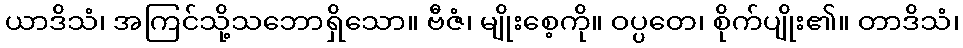
ယာဒိသံ၊ အကြင်သို့သဘောရှိသော။ ဗီဇံ၊ မျိုးစေ့ကို။ ဝပ္ပတေ၊ စိုက်ပျိုး၏။ တာဒိသံ၊